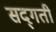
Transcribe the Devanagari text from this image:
सद्‌गती